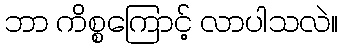
ဘာ ကိစ္စကြောင့် လာပါသလဲ။